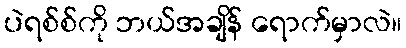
ပဲရစ်စ်ကို ဘယ်အချိန် ရောက်မှာလဲ။